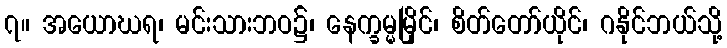
၇။ အယောဃရ၊ မင်းသားဘဝ၌၊ နေက္ခမ္မမြိုင်၊ စိတ်တော်ယိုင်၊ ဂနိုင်ဘယ်သို့